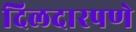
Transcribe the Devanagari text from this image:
दिलदारपणे